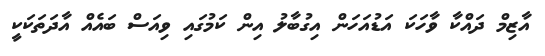
އާޒިމް ދައްކާ ވާހަކަ އަޑުއަހަން އިގުބާލު އިން ކަމުގައި ވިއަސް ބައެއް އާދަތަކަކީ